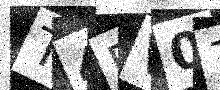
Text: T4RV07